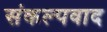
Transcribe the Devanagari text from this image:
संकल्पवाद